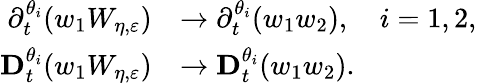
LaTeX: \begin{array}{rl}{\partial_{t}^{\theta_{i}}(w_{1}W_{\eta,\varepsilon})}&{\to\partial_{t}^{\theta_{i}}(w_{1}w_{2}),\quad i=1,2,}\\ {\mathbf{D}_{t}^{\theta_{i}}(w_{1}W_{\eta,\varepsilon})}&{\to\mathbf{D}_{t}^{\theta_{i}}(w_{1}w_{2}).}\end{array}